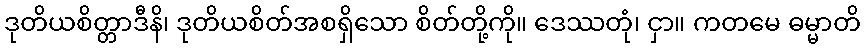
ဒုတိယစိတ္တာဒီနိ၊ ဒုတိယစိတ်အစရှိသော စိတ်တို့ကို။ ဒေဿတုံ၊ ငှာ။ ကတမေ ဓမ္မာတိ